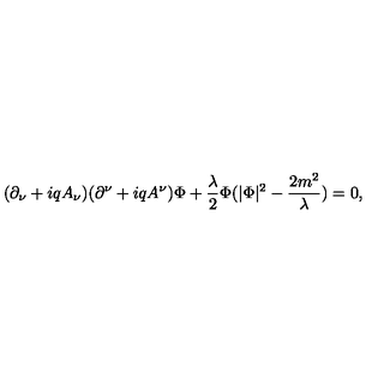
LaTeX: ( \partial _ { \nu } + i q A _ { \nu } ) ( \partial ^ { \nu } + i q A ^ { \nu } ) \Phi + \frac { \lambda } { 2 } \Phi ( | \Phi | ^ { 2 } - \frac { 2 m ^ { 2 } } { \lambda } ) = 0 ,